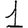
Digit: 1